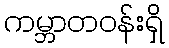
ကမ္ဘာတဝန်းရှိ